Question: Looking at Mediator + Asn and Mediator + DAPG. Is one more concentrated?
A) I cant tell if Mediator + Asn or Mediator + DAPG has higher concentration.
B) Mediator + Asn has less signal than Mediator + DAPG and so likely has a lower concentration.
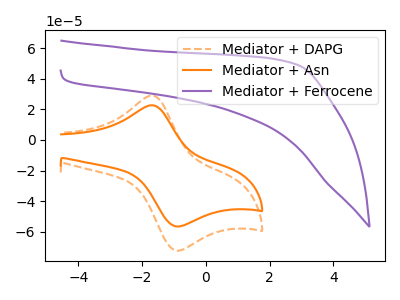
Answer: <think>The orange dashed curve "Mediator + DAPG" has an anodic peak at (-1.70V, 29.05uA) and a cathodic peak at (-0.95V, -72.15uA). The orange curve "Mediator + Asn" has an anodic peak at (-1.70V, 22.70uA) and a cathodic peak at (-0.95V, -56.40uA). The purple curve "Mediator + Ferrocene" has no peaks.
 All the peaks in "Mediator + Asn" have a peak in "Mediator + DAPG" at the same potential. Every peak in "Mediator + Asn" is lower than every peak in "Mediator + DAPG".</think>
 <answer>B) "Mediator + Asn" has less signal than "Mediator + DAPG" and so likely has a lower concentration.</answer>
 <eval>B</eval>